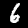
Digit: 6